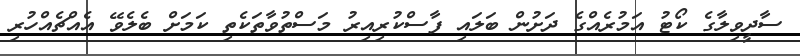
ސާދީވިލާގެ ކޯޓު އަމުރެއްގެ ދަށުން ބަލައި ފާސްކުރިއިރު މަސްތުވާތަކެތި ކަމަށް ބެލެވޭ އެއްޗެއްހުރި